Civil Veterinary Dept. Assam report 1911-1927 - 1911-1927
Year: 1911
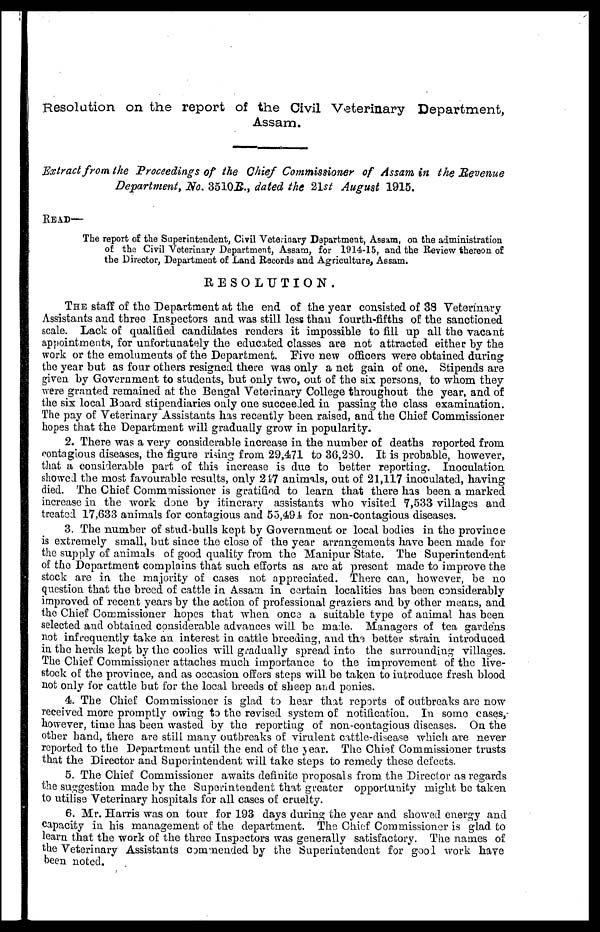
Resolution on the report of the Civil Veterinary Department,
Assam.
Extract from the Proceedings of the Ghief Commissioner of Assam in the Revenue
Department, No. 351022B., dated the 21st August 1915.
READ—
The report of the Superintendent, Civil Veterinary Department, Assam, on the administration
of the Civil Veterinary Department, Assam, for 1914-15, and the Review thereon of
the Director, Department of Land Records and Agriculture, Assam.
RESOLUTION.
THE staff of the Department at the end of the year consisted of 38 Veterinary
Assistants and three Inspectors and was still less than fourth-fifths of the sanctioned
scale. Lack of qualified candidates renders it impossible to fill up all the vacant
appointments, for unfortunately the educated classes are not attracted either by the
work or the emoluments of the Department. "Fire new officers were obtained during
the year but as four others resigned there was only a net gain of one. Stipends are
given by Government to students, but only two, out of the six persons, to whom they
were granted remained at the Bengal Veterinary College throughout the year, and of
the six local Board stipendiaries only one succeeded in passing the class examination.
The pay of Veterinary Assistants has recently been raised, and the Chief Commissioner
hopes that the Department will gradually grow in popularity.
2. There was a very considerable increase in the number of deaths reported from
contagious diseases, the figure rising from 29,471 to 36,230. It is probable, however,
that a considerable part of this increase is due to better reporting. Inoculation
showed the most favourable results, only 217 animals, out of 21,117 inoculated, having
died. The Chief Commmissioner is gratified to learn that there has been a marked
increase in the work done by itinerary assistants who visited 7,533 villages and
treated 17,633 animals for contagious and 55,494 for non-contagious diseases.
3. The number of stud-bulls kept by Government or local bodies in the province
is extremely small, but since the close of the year arrangements have been made for
the supply of animals of good quality from the Manipur State. The Superintendent
of the Department complains that such efforts as are at present made to improve the
stock are in the majority of cases not appreciated. There can, however, be no
question that the breed of cattle in Assam in certain localities has been considerably
improved of recent years by the action of professional graziers and by other means, and
the Chief Commissioner hopes that when once a suitable type of animal has been
selected and obtained considerable advances will be made. Managers of tea gardens
not infrequently take an interest in cattle breeding, and the better strain introduced
in the herds kept by the coolies will gradually spread into the surrounding villages.
The Chief Commissioner attaches much importance to the improvement of the live-
stock of the province, and as occasion offers steps will be taken to introduce fresh blood
not only for cattle but for the local breeds of sheep and ponies.
4. The Chief Commissioner is glad to hear that reports of outbreaks are now
received more promptly owing to the revised system of notification. In some cases,
however, time has been wasted by the reporting of non-contagious diseases. On the
other hand, there are still many outbreaks of virulent cattle-disease which are never
reported to the Department until the end of the year. The Chief Commissioner trusts
that the Director and Superintendent will take steps to remedy these defects.
5. The Chief Commissioner awaits definite proposals from the Director as regards
the suggestion made by the Superintendent that greater opportunity might be taken
to utilise Veterinary hospitals for all cases of cruelty.
6. Mr. Harris was on tour for 193 days during the year and showed energy and
capacity in his management of the department. The Chief Commissioner is glad to
learn that the work of the three Inspectors was generally satisfactory. The names of
the Veterinary Assistants commended by the Superintendent for good work have
been noted.